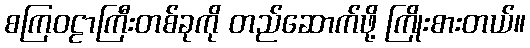
စကြဝဠာကြီးတစ်ခုကို တည်ဆောက်ဖို့ ကြိုးစားတယ်။